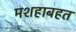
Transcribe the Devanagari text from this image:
मशहाबहत